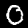
Label: 0